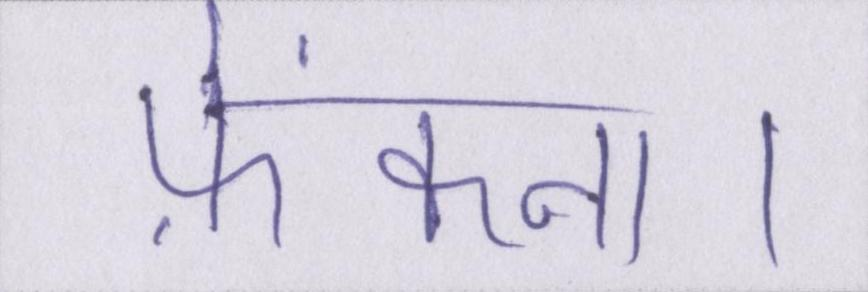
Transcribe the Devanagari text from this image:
फ़ेंकना।